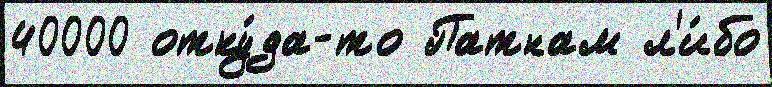
40000 отку́да-то Патнам л'и́бо